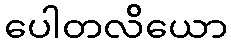
ပေါတလိယော